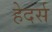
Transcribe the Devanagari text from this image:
हेदर्स